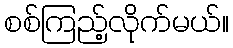
စစ်ကြည့်လိုက်မယ်။